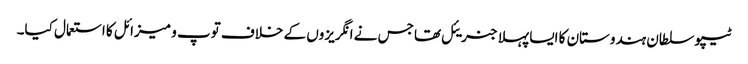
ٹیپو سلطان ہندوستان کا ایسا پہلا جنریئل تھا جس نے انگریزوں کے خلاف توپ و میزائل کا استعمال کیا۔